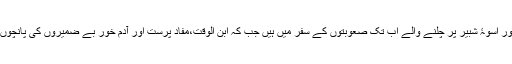
حریت ضمیر سے جینے والے اور اسوۂ شبیر پر چلنے والے اب تک صعوبتوں کے سفر میں ہیں جب کہ ابن الوقت،مفاد پرست اور آدم خور بے ضمیروں کی پانچوں گھی میں اور وارے نیارے ہیں۔